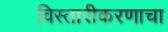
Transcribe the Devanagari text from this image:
विस्तारीकरणाचा